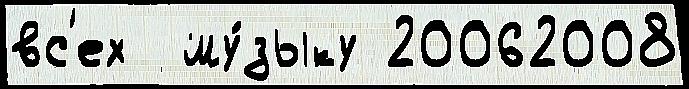
вс'ех  му́зыку 20062008